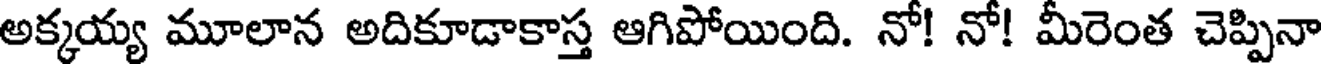
అక్కయ్య మూలాన అదికూడాకాస్త ఆగిపోయింది. నో! నో! మీరెంత చెప్పినా